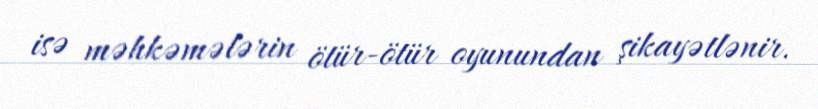
isə məhkəmələrin ötür-ötür oyunundan şikayətlənir.